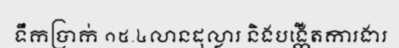
ទឹកប្រាក់ ១៥.៤លានដុល្លារ និងបង្កើតការងារ